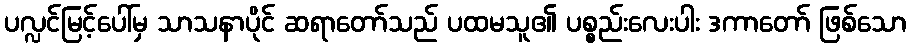
ပလ္လင်မြင့်ပေါ်မှ သာသနာပိုင် ဆရာတော်သည် ပထမသူ၏ ပစ္စည်းလေးပါး ဒကာတော် ဖြစ်သော